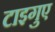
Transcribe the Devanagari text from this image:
टाइगुए